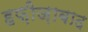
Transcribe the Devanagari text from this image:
हफ़ीज़ाबाद